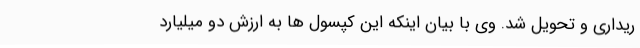
ریداری و تحویل شد. وی با بیان اینکه این کپسول ها به ارزش دو میلیارد